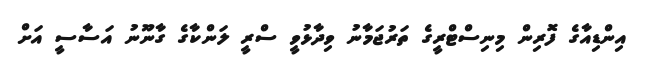
އިންޑިއާގެ ފޮރިން މިނިސްޓްރީީގެ ތަރުޖަމާނު ވިދާޅުވީ ސްރީ ލަންކާގެ ގާނޫނު އަސާސީ އަށް